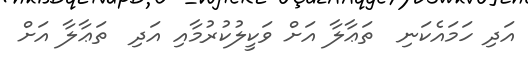
އަދި ހަމައެކަނި  ތަޢާލާ އަށް ވަކީލުކުރުމާއި އަދި  ތަޢާލާ އަށް